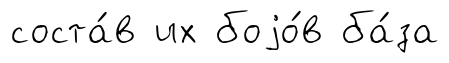
соста́в их боjо́в ба́за